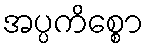
အပ္ပကိစ္စော